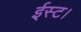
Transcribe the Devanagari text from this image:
ईस्ट।